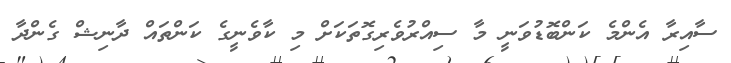
ސާއިރާ އެންމެ ކަންބޮޑުވަނީ މާ ސިއްރުވެރިގޮތަކަށް މި ކާވެނީގެ ކަންތައް ދާނިޝް ގެންދާ